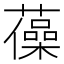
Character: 𧁫